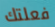
فعلتك